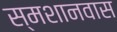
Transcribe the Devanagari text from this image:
स्मशानवास